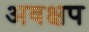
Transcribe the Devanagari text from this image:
अवक्षप